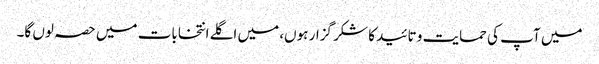
میں آپ کی حمایت و تائید کا شکر گزار ہوں، میں اگلے انتخابات میں حصہ لوں گا۔